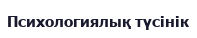
Психологиялық түсінік